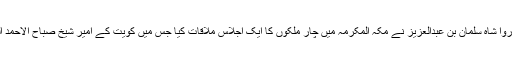
اُردونیٹ پوڈکاسٹ 27 رمضان 1439ھ) اُردن کا معاشی بحران حل کرنے کیلئے سعودی عرب کے فرماں روا شاہ سلمان بن عبدالعزیز نے مکّہ المکرمہ میں چار ملکوں کا ایک اجلاس ملاقات کیا جس میں کویت کے امیر شیخ صباح الاحمد الصباح، متحدہ عرب امارات کے نائب صدر شیخ محمد بن راشد اور اُردن کے شاہ عبداللہ دوم نے شرکت کی۔